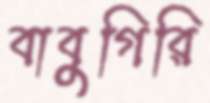
বাবুগিরি